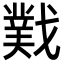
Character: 𫼆